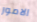
الامور